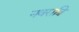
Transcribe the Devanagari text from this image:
नवरात्रि